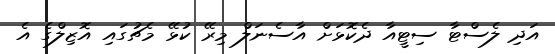
އަދި ލެސްޓާ ސިޓީއާ ދެކޮޅަށް އާސެނަލް މިރޭ ކުޅޭ މެޗުގައި އޮޒިލްގެ އެ